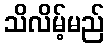
သိလိမ့်မည်